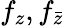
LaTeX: f_{z},f_{\bar{z}}